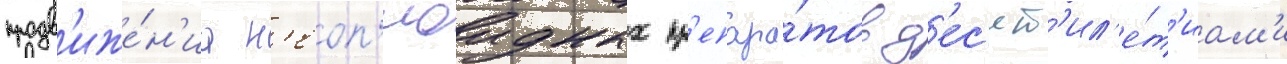
продв'иже́н'иа н'еоп'иоидных пр'епара́тов д'ес'ят'ил'е́т'иам'и